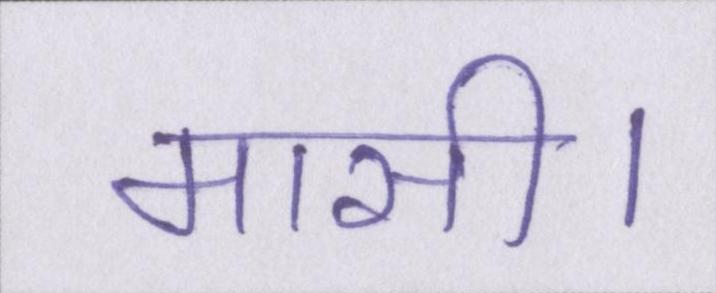
मासी।